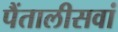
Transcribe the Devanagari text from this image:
पैंतालीसवां